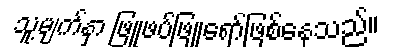
သူ့မျက်နှာ ဖြူဖပ်ဖြူရော်ဖြစ်နေသည်။